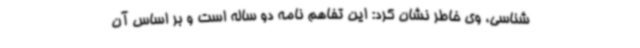
شناسی، وی خاطر نشان کرد: این تفاهم نامه دو ساله است و بر اساس آن